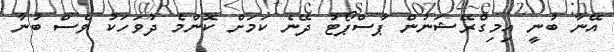
އޭނާ ބުނީ އިމިގްރޭޝަނުން ޕާސްޕޯޓު ދޭނެ ކަމަށް ކޮންމެ ދުވަހަކު ވެސް ބުނާ